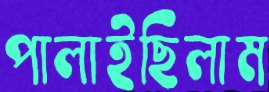
পালাইছিলাম